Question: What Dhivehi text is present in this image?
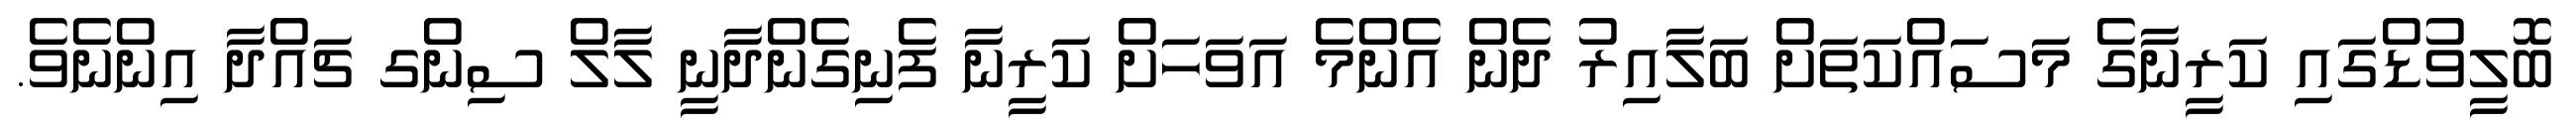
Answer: ބޮލީވުޑްގައި ކަރީނާގެ މަސައްކަތަށް ބަލާއިރު ދެން އެންމެ އަވަހަށް ކަރީނާ ފެނިގެންދާނީ ލާލް ސިންގ ޗައްދާ އިންނެވެ.